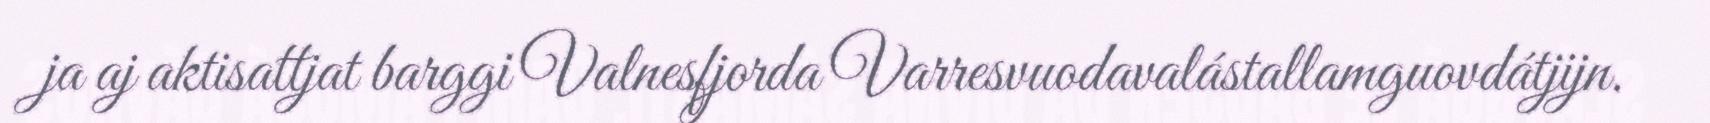
ja aj aktisattjat barggi Valnesfjorda Varresvuodavalástallamguovdátjijn.